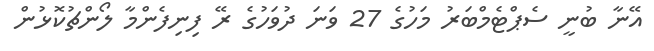
އޭނާ ބުނީ ސެޕްޓެމްބަރު މަހުގެ 27 ވަނަ ދުވަހުގެ ރޭ ފިނިފެންމާ ލޯންޗުކޮޅުން